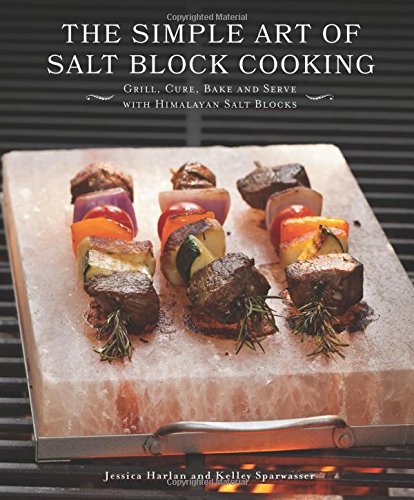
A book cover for The Simple Art of Salt Block Cooking: Grill, Cure, Bake and Serve with Himalayan Salt Blocks; Jessica Harlan; Cookbooks, Food & Wine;